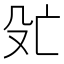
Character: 𬆞